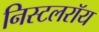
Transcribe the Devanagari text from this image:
निस्टलरॉय